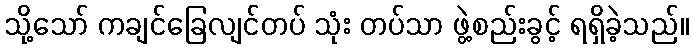
သို့သော် ကချင်ခြေလျင်တပ် သုံး တပ်သာ ဖွဲ့စည်းခွင့် ရရှိခဲ့သည်။